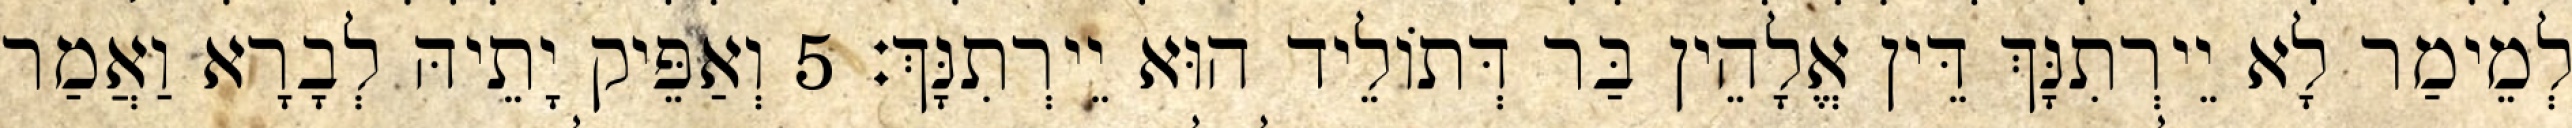
לְמֵימַר לָא יֵירְתִנָּךְ דֵּין אֱלָהֵין בַּר דְּתוֹלֵיד הוּא יֵירְתִנָּךְ׃ 5 וְאַפֵּיק יָתֵיהּ לְבָרָא וַאֲמַר